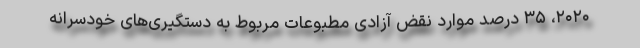
۲۰۲۰، ۳۵ درصد موارد نقض آزادی مطبوعات مربوط به دستگیری‌های خودسرانه